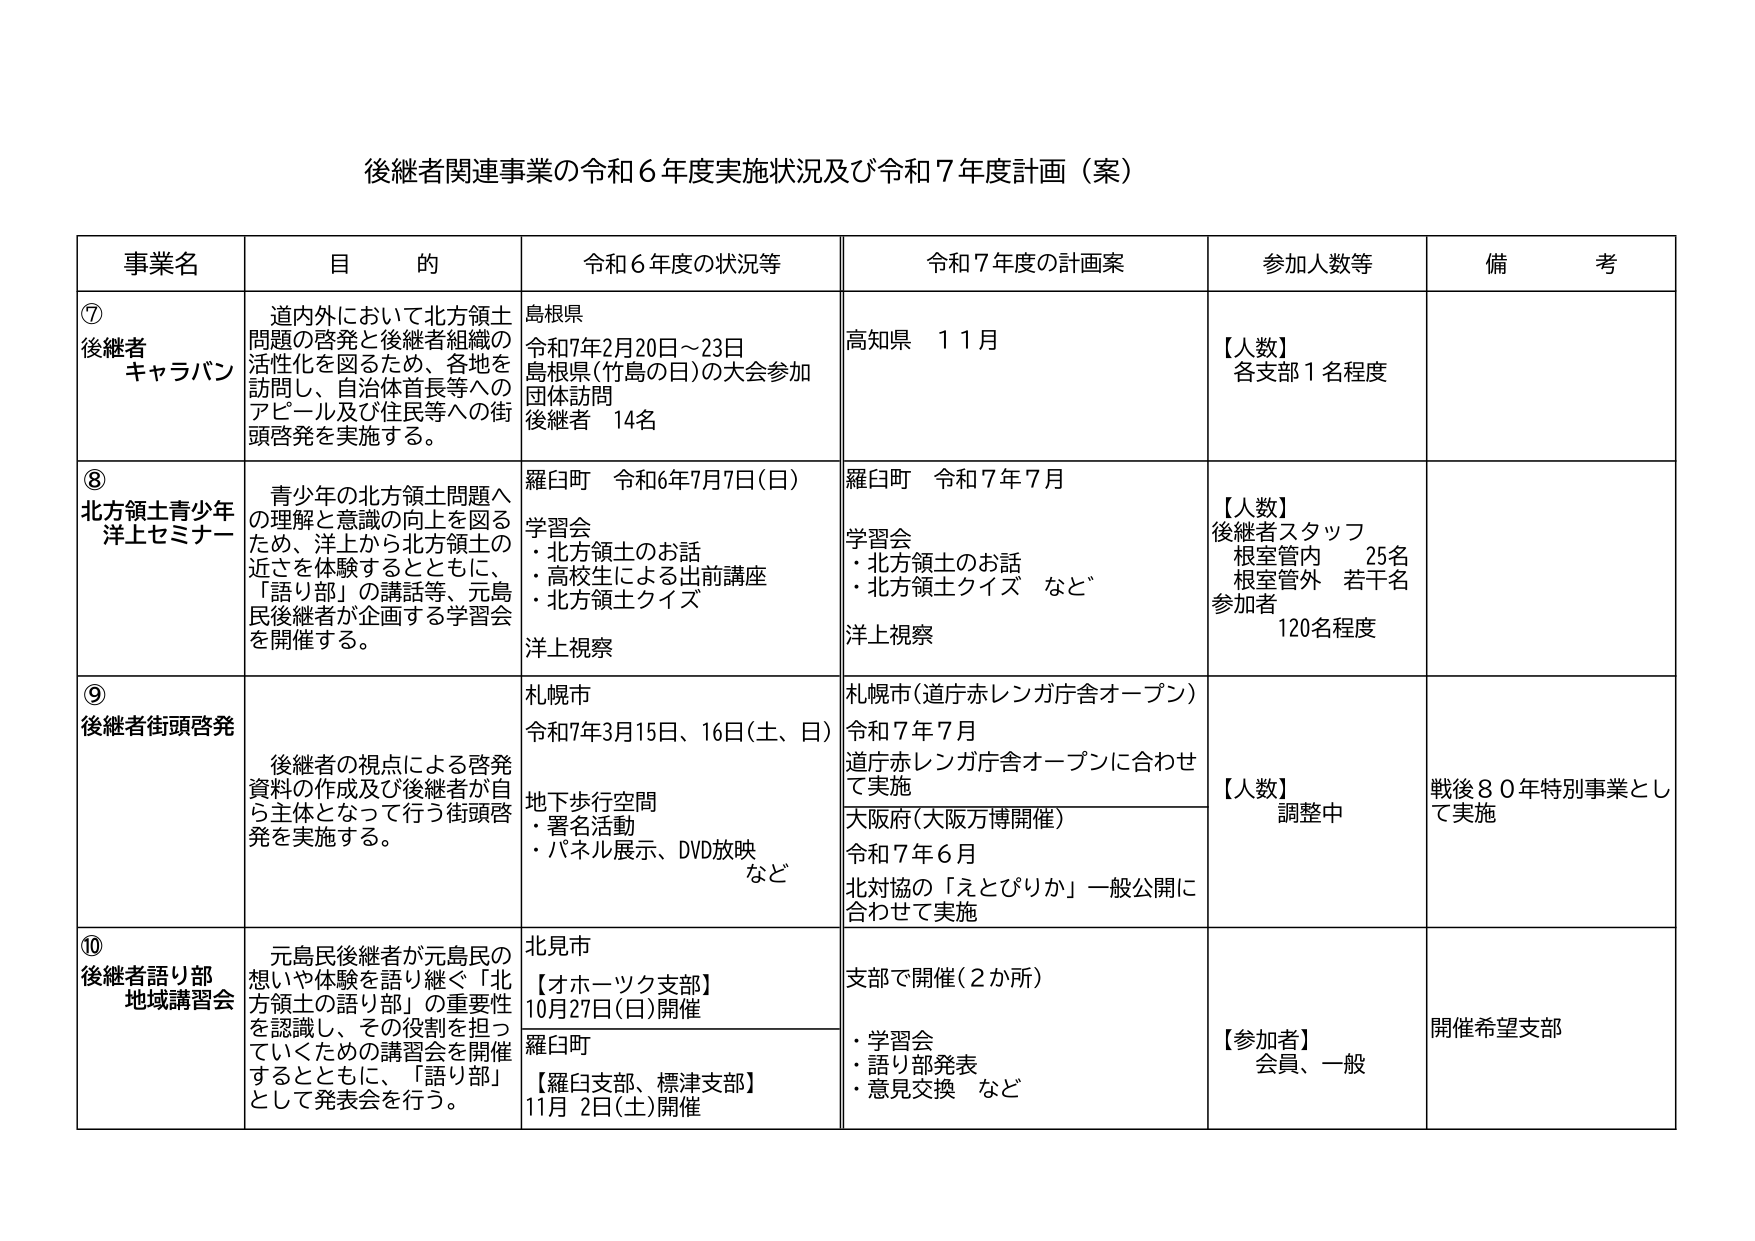
後継者関連事業の令和６年度実施状況及び令和７年度計画（案）

事業名　　　　　　目的　　　　　　　　　　　　　　　令和６年度の状況等　　　　　　　　　令和７年度の計画案　　　　　　　　参加人数等　　　　　　備考

⑦
後継者
キャラバン
道内外において北方領土
問題の啓発と後継者組織の
活性化を図るため、各地を
訪問し、自治体首長等への
アピール及び住民等への街
頭啓発を実施する。
島根県
令和7年2月20日～23日
島根県(竹島の日)の大会参加
団体訪問
後継者　14名
高知県　11月
【人数】
各支部1名程度

⑧
北方領土青少年
洋上セミナー
青少年の北方領土問題へ
の理解と意識の向上を図る
ため、洋上から北方領土の
近さを体験するとともに、
「語り部」の講話等、元島
民後継者が企画する学習会
を開催する。
羅臼町　令和6年7月7日(日)
学習会
・北方領土のお話
・高校生による出前講座
・北方領土クイズ
洋上視察
羅臼町　令和7年7月
学習会
・北方領土のお話
・北方領土クイズ　など
洋上視察
【人数】
後継者スタッフ
根室管内　25名
根室管外　若干名
参加者　120名程度

⑨
後継者街頭啓発
後継者の視点による啓発
資料の作成及び後継者が自
ら主体となって行う街頭啓
発を実施する。
札幌市
令和7年3月15日、16日(土、日)
地下歩行空間
・署名活動
・パネル展示、DVD放映
など
札幌市(道庁赤レンガ庁舎オープン)
令和7年7月
道庁赤レンガ庁舎オープンに合わせ
て実施
大阪府(大阪万博開催)
令和7年6月
北対協の「えとぴりか」一般公開に
合わせて実施
【人数】
調整中
戦後80年特別事業とし
て実施

⑩
後継者語り部
地域講習会
元島民後継者が元島民の
想いや体験を語り継ぐ「北
方領土の語り部」の重要性
を認識し、その役割を担っ
ていくための講習会を開催
するとともに、「語り部」
として発表会を行う。
北見市
【オホーツク支部】
10月27日(日)開催
羅臼町
【羅臼支部、標津支部】
11月2日(土)開催
支部で開催(2か所)
・学習会
・語り部発表
・意見交換　など
【参加者】
会員、一般
開催希望支部